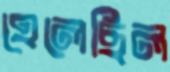
হেলেছিল